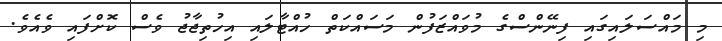
މި މައްސަލައިގައި ފިނޭންސްގެ މުވައްޒަފުން މަސައްކަތް ހުއްޓާލައި އިހުތިޖާޖު ވެސް ކޮށްފައި ވެއެވެ.